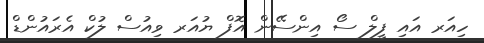
ހިއަރ އައި ފީލް ސޯ އިންސޭން އޮފް ޔުއަރ ވިއުސް ލުކް އެރައުންޑް